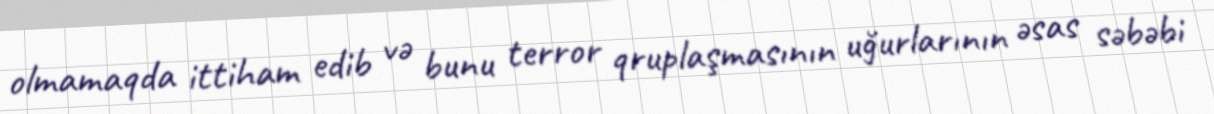
olmamaqda ittiham edib və bunu terror qruplaşmasının uğurlarının əsas səbəbi